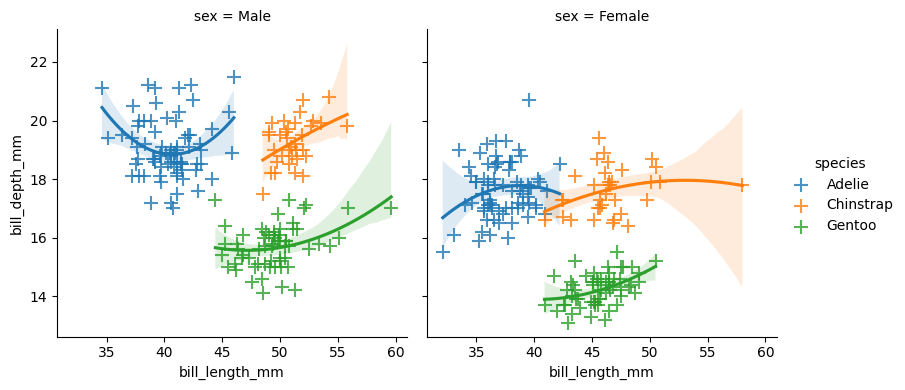
python, seaborn, lmplot, aspect=1.0, order=2, markers='+'